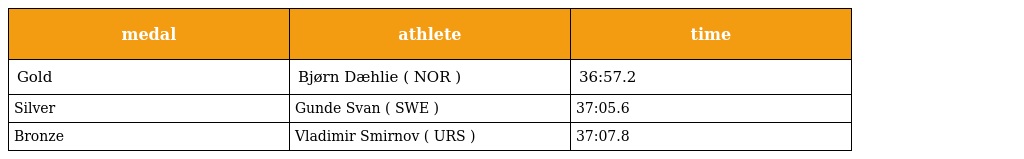
| medal | athlete | time |
 | --- | --- | --- |
 | Gold | Bjørn Dæhlie ( NOR ) | 36:57.2 |
 | Silver | Gunde Svan ( SWE ) | 37:05.6 |
 | Bronze | Vladimir Smirnov ( URS ) | 37:07.8 |